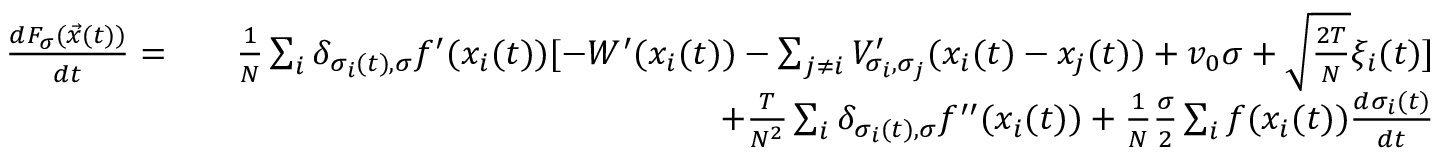
\begin{array} { r l r } { \frac { d F _ { \sigma } ( \vec { x } ( t ) ) } { d t } = } & { } & { \frac { 1 } { N } \sum _ { i } \delta _ { \sigma _ { i } ( t ) , \sigma } f ^ { \prime } ( x _ { i } ( t ) ) [ - W ^ { \prime } ( x _ { i } ( t ) ) - \sum _ { j \neq i } V _ { \sigma _ { i } , \sigma _ { j } } ^ { \prime } ( x _ { i } ( t ) - x _ { j } ( t ) ) + v _ { 0 } \sigma + \sqrt { \frac { 2 T } { N } } \xi _ { i } ( t ) ] } \\ & { } & { + \frac { T } { N ^ { 2 } } \sum _ { i } \delta _ { \sigma _ { i } ( t ) , \sigma } f ^ { \prime \prime } ( x _ { i } ( t ) ) + \frac { 1 } { N } \frac { \sigma } { 2 } \sum _ { i } f ( x _ { i } ( t ) ) \frac { d \sigma _ { i } ( t ) } { d t } } \end{array}